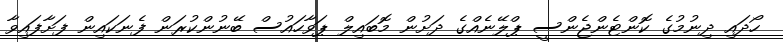
ހޯދައި ދިނުމުގެ ކޮންޓެންޖެންސީ ޕްލޭނެއްގެ ދަށުން މޮބައިލް ޕަވާހައުސް ބޭނުންކުރަން ފެނަކައިން ފަށާފައިވާ